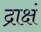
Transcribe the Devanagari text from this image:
द्राक्षं